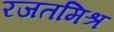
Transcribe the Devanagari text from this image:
रजतमिश्र